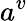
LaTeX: a^{v}